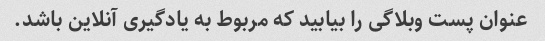
عنوان پست وبلاگی را بیابید که مربوط به یادگیری آنلاین باشد.